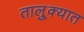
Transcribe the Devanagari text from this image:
तालु्क्यात